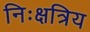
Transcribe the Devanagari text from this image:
निःक्षत्रिय